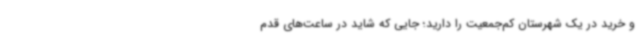
و خرید در یک شهرستان کم‌جمعیت را دارید؛ جایی که شاید در ساعت‌های قدم